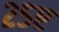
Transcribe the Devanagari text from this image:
२५ए